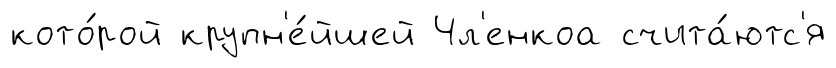
кото́рой крупн'е́йшей Чл'енкоа счита́ютс'я